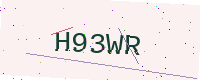
Text: H93WR